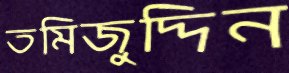
তমিজুদ্দিন